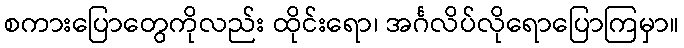
စကားပြောတွေကိုလည်း ထိုင်းရော၊ အင်္ဂလိပ်လိုရောပြောကြမှာ။